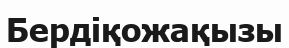
Бердіқожақызы